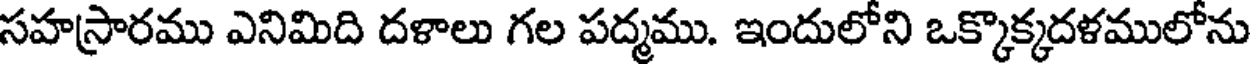
సహస్రారము ఎనిమిది దళాలు గల పద్మము. ఇందులోని ఒక్కొక్కదళములోను